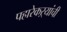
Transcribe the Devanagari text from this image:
पहारेकऱ्यांची